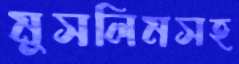
মুসলিমসহ